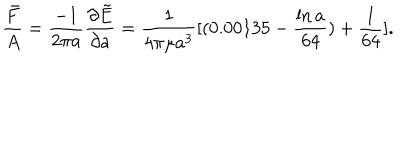
\frac { \bar { F } } { A } = \frac { - 1 } { 2 \pi a } \frac { \partial \tilde { E } } { \partial a } = \frac { 1 } { 4 \pi \mu a ^ { 3 } } [ ( 0 . 0 0 1 3 5 - \frac { \ln a } { 6 4 } ) + \frac { 1 } { 6 4 } ] .